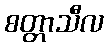
စတ္တာသီလ